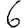
Digit: 6